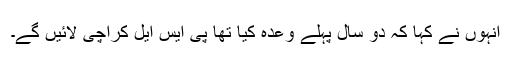
انہوں نے کہا کہ دو سال پہلے وعدہ کیا تھا پی ایس ایل کراچی لائیں گے۔